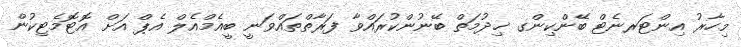
މިހާރު އިންޓަރނެޓް ބޭންކިންގ ޚިދުމަތް ބޭނުންކުރައްވާ ފަރާތްތައްވަނީ ބީއެމްއެލް އެޕް އަށް އޮޓޮމެޓިކުން